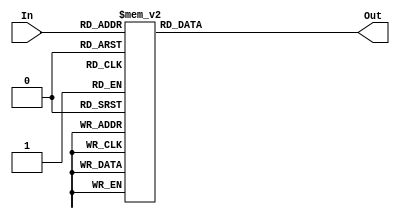
module ROM(In, Out);
  input [3:0] In;
  output [7:0] Out;

  wire [3:0] In;
  wire [7:0] Out;

  function [7:0] SelectOrder;
    input [3:0] Address;

    // Ramen Timer
    case (Address)
      4'b0000: SelectOrder = 8'b1011_0111; // out 0111
      4'b0001: SelectOrder = 8'b0000_0001; // add a,0001
      4'b0010: SelectOrder = 8'b1110_0001; // jnc 0001
      4'b0011: SelectOrder = 8'b0000_0001; // add a,0001
      4'b0100: SelectOrder = 8'b1110_0011; // jnc 0011
      4'b0101: SelectOrder = 8'b1011_0110; // out 0110
      4'b0110: SelectOrder = 8'b0000_0001; // add a,0001
      4'b0111: SelectOrder = 8'b1110_0110; // jnc 0110
      4'b1000: SelectOrder = 8'b0000_0001; // add a,0001
      4'b1001: SelectOrder = 8'b1110_1000; // jnc 1000
      4'b1010: SelectOrder = 8'b1011_0000; // out 0000
      4'b1011: SelectOrder = 8'b1011_0100; // out 0100
      4'b1100: SelectOrder = 8'b0000_0001; // add 0001
      4'b1101: SelectOrder = 8'b1110_1010; // jnc 1010
      4'b1110: SelectOrder = 8'b1011_1000; // out 0000
      4'b1111: SelectOrder = 8'b1111_1111; // jmp 1111
      default: SelectOrder = 8'b0000_0000;
    endcase
  endfunction

  assign Out = SelectOrder(In);
endmodule